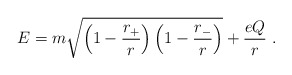
\begin{align*}E=m \sqrt{\left(1-{r_+\over r}\right)\left(1-{r_-\over r}\right)} + {eQ\over {r}}~.\end{align*}